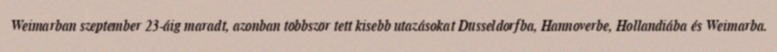
Weimarban szeptember 23-áig maradt, azonban többször tett kisebb utazásokat Düsseldorfba, Hannoverbe, Hollandiába és Weimarba.